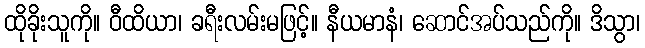
ထိုခိုးသူကို။ ဝီထိယာ၊ ခရီးလမ်းမဖြင့်။ နီယမာနံ၊ ဆောင်အပ်သည်ကို။ ဒိသွာ၊